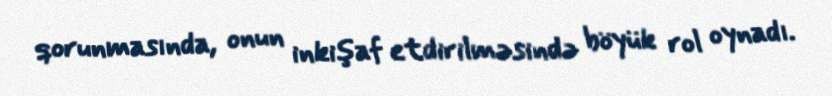
qorunmasında, onun inkişaf etdirilməsində böyük rol oynadı.